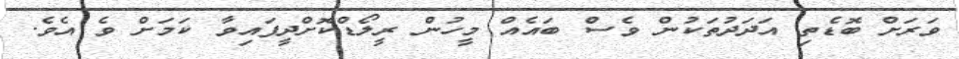
ވަރަށް ބޮޑެތި އަދަދުތަކުން ވެސް ބައެއް މީހުން ރީލޯޑްކޮށްދީފައިވާ ކަމަށް ވެ އެވެ.